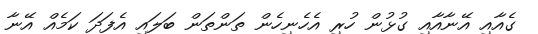
ގެއާއި އޭނާއާއި ގުޅުން ހުރި އެހެނިހެން ތަންތަން ބަލައި އެފަދަ ކަމެއް އޭނާ